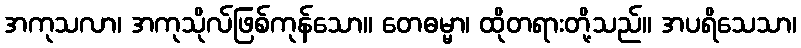
အကုသလာ၊ အကုသိုလ်ဖြစ်ကုန်သော။ တေဓမ္မာ၊ ထိုတရားတို့သည်။ အပရိသေသာ၊